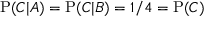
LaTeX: \mathrm { P } ( C | A ) = \mathrm { P } ( C | B ) = 1 / 4 = \mathrm { P } ( C )